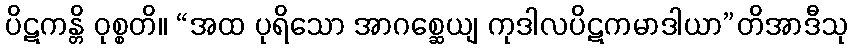
ပိဋကန္တိ ဝုစ္စတိ။ “အထ ပုရိသော အာဂစ္ဆေယျ ကုဒါလပိဋကမာဒါယာ”တိအာဒီသု